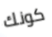
كونك